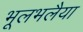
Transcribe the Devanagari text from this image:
भूलभलैया